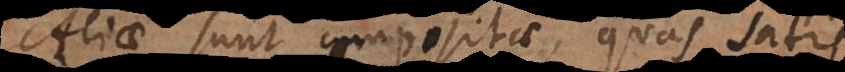
Aliae sunt compositae, quas satis